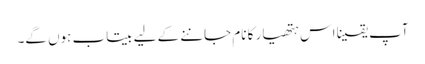
آپ یقینا اس ہتھیار کا نام جاننے کے لیے بیتاب ہوں گے۔